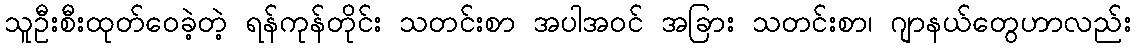
သူဦးစီးထုတ်ဝေခဲ့တဲ့ ရန်ကုန်တိုင်း သတင်းစာ အပါအဝင် အခြား သတင်းစာ၊ ဂျာနယ်တွေဟာလည်း